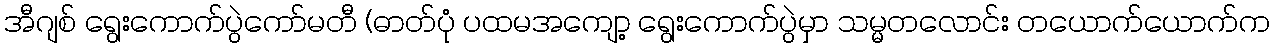
အီဂျစ် ရွေးကောက်ပွဲကော်မတီ (ဓာတ်ပုံ ပထမအကျော့ ရွေးကောက်ပွဲမှာ သမ္မတလောင်း တယောက်ယောက်က